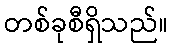
တစ်ခုစီရှိသည်။